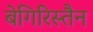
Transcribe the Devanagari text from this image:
बेगिरिस्तैन